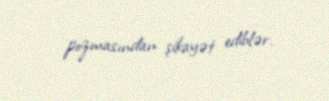
pozmasından şikayət ediblər.